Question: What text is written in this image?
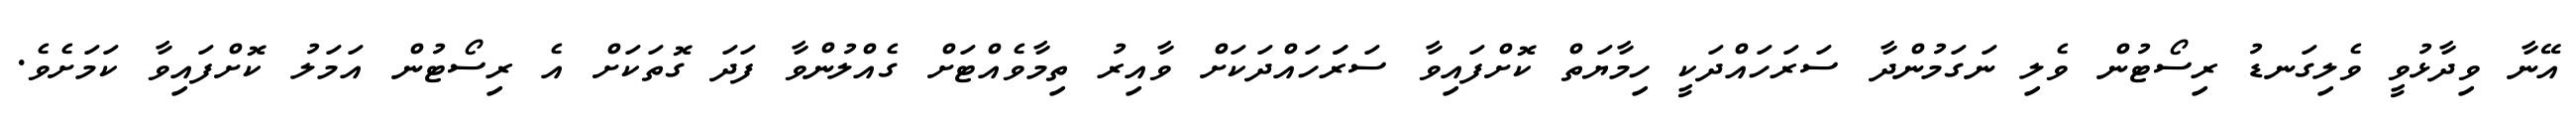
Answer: އޭނާ ވިދާޅުވީ ވެލިގަނޑު ރިސޯޓުން ވެލި ނަގަމުންދާ ސަރަހައްދަކީ ހިމާޔަތް ކޮށްފައިވާ ސަރަަހައްދަކަށް ވާއިރު ތިމާވެއްޓަށް ގެއްލުންވާ ފަދަ ގޮތަކަށް އެ ރިސޯޓުން އަމަލު ކޮށްފައިވާ ކަމަށެވެ.